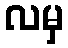
လမှ